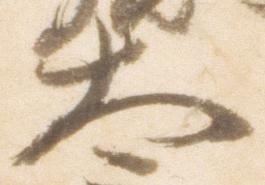
太